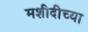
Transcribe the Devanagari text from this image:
मशीदीच्या